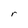
Character: r